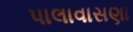
પાલાવાસણા